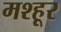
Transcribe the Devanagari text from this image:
मश्‍हूर